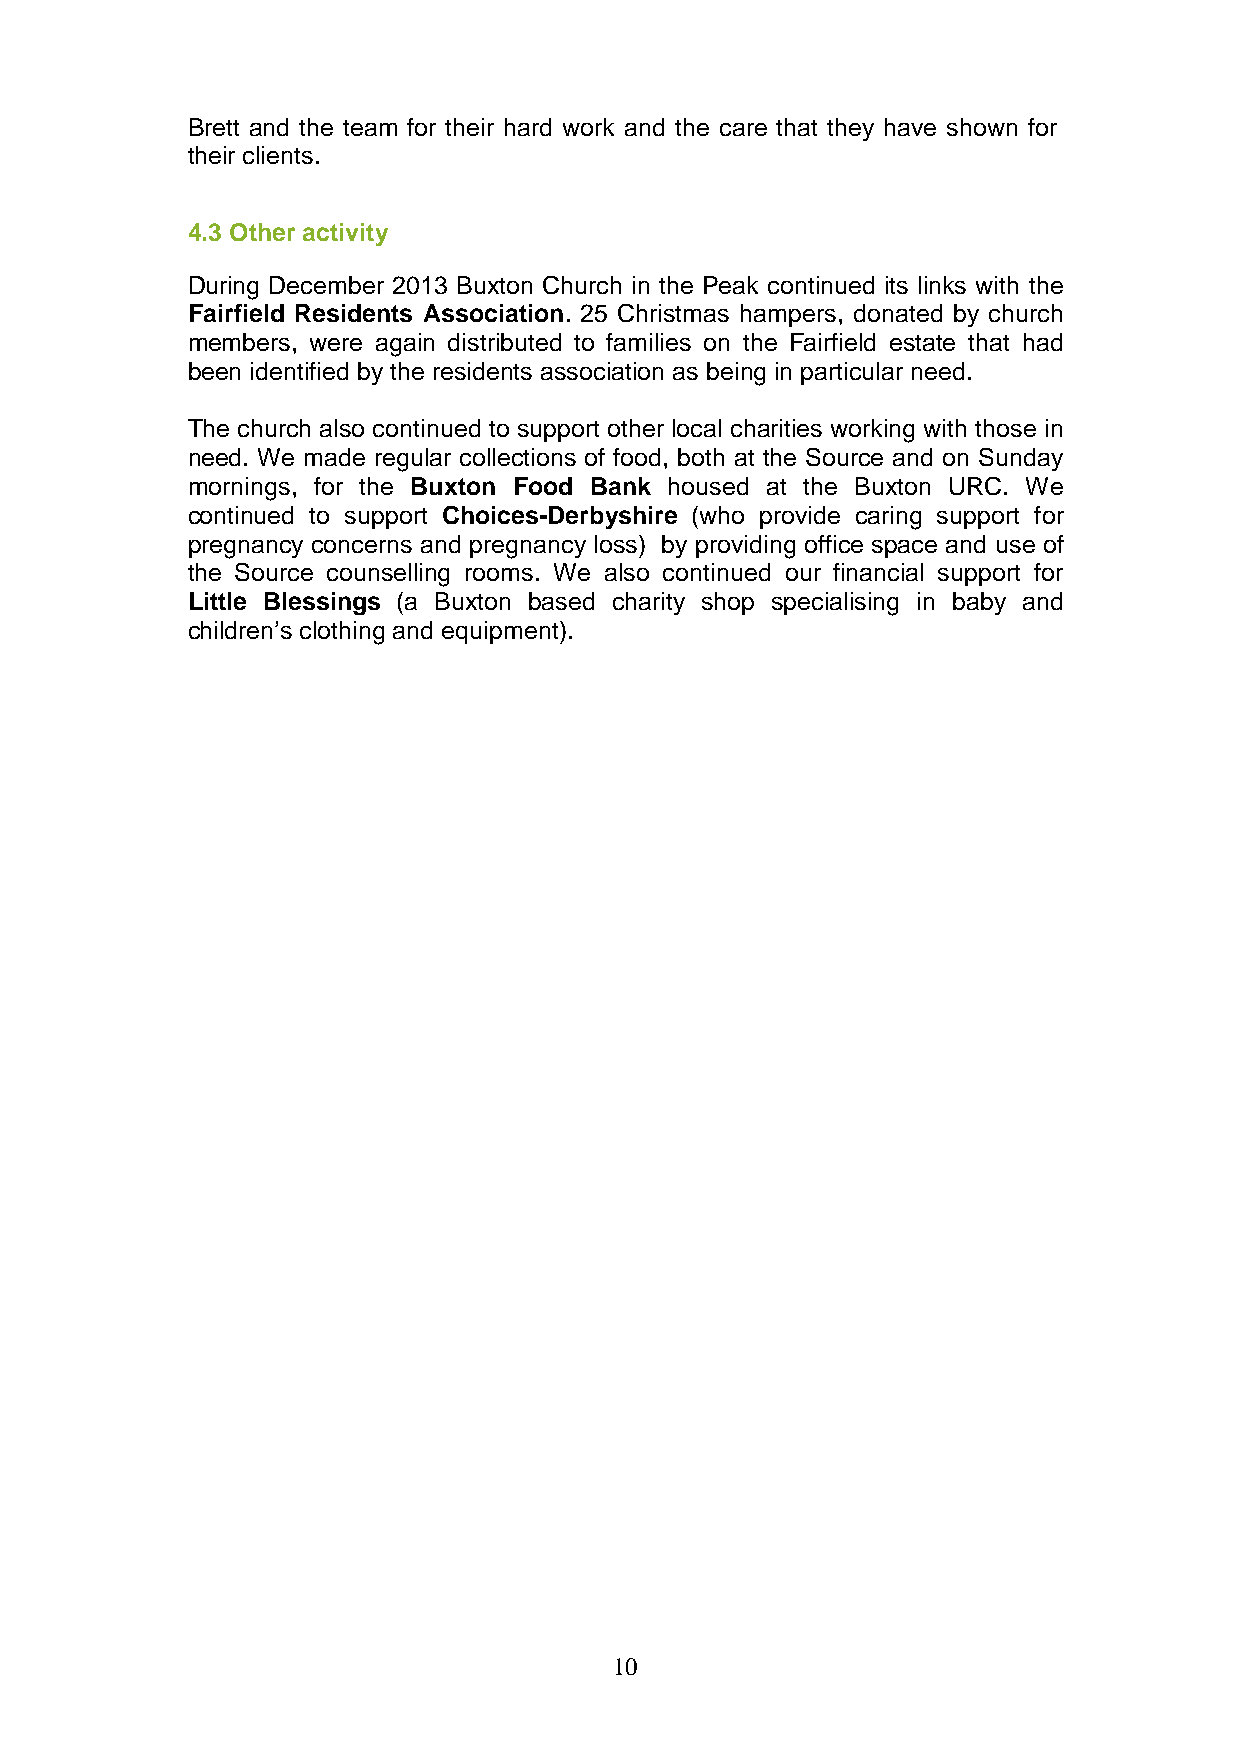
Brett and the team for their hard work and the care that they have shown for
 their clients.
 4.3 Other activity
 During December 2013 Buxton Church in the Peak continued its links with the
 Fairfield Residents Association. 25 Christmas hampers, donated by church
 members, were again distributed to families on the Fairfield estate that had
 been identified by the residents association as being in particular need.
 The church also continued to support other local charities working with those in
 need. We made regular collections of food, both at the Source and on Sunday
 mornings, for the Buxton Food Bank housed at the Buxton URC. We
 continued to support Choices-Derbyshire (who provide caring support for
 pregnancy concerns and pregnancy loss) by providing office space and use of
 the Source counselling rooms. We also continued our financial support for
 Little Blessings (a Buxton based charity shop specialising in baby and
 children’s clothing and equipment).
 10